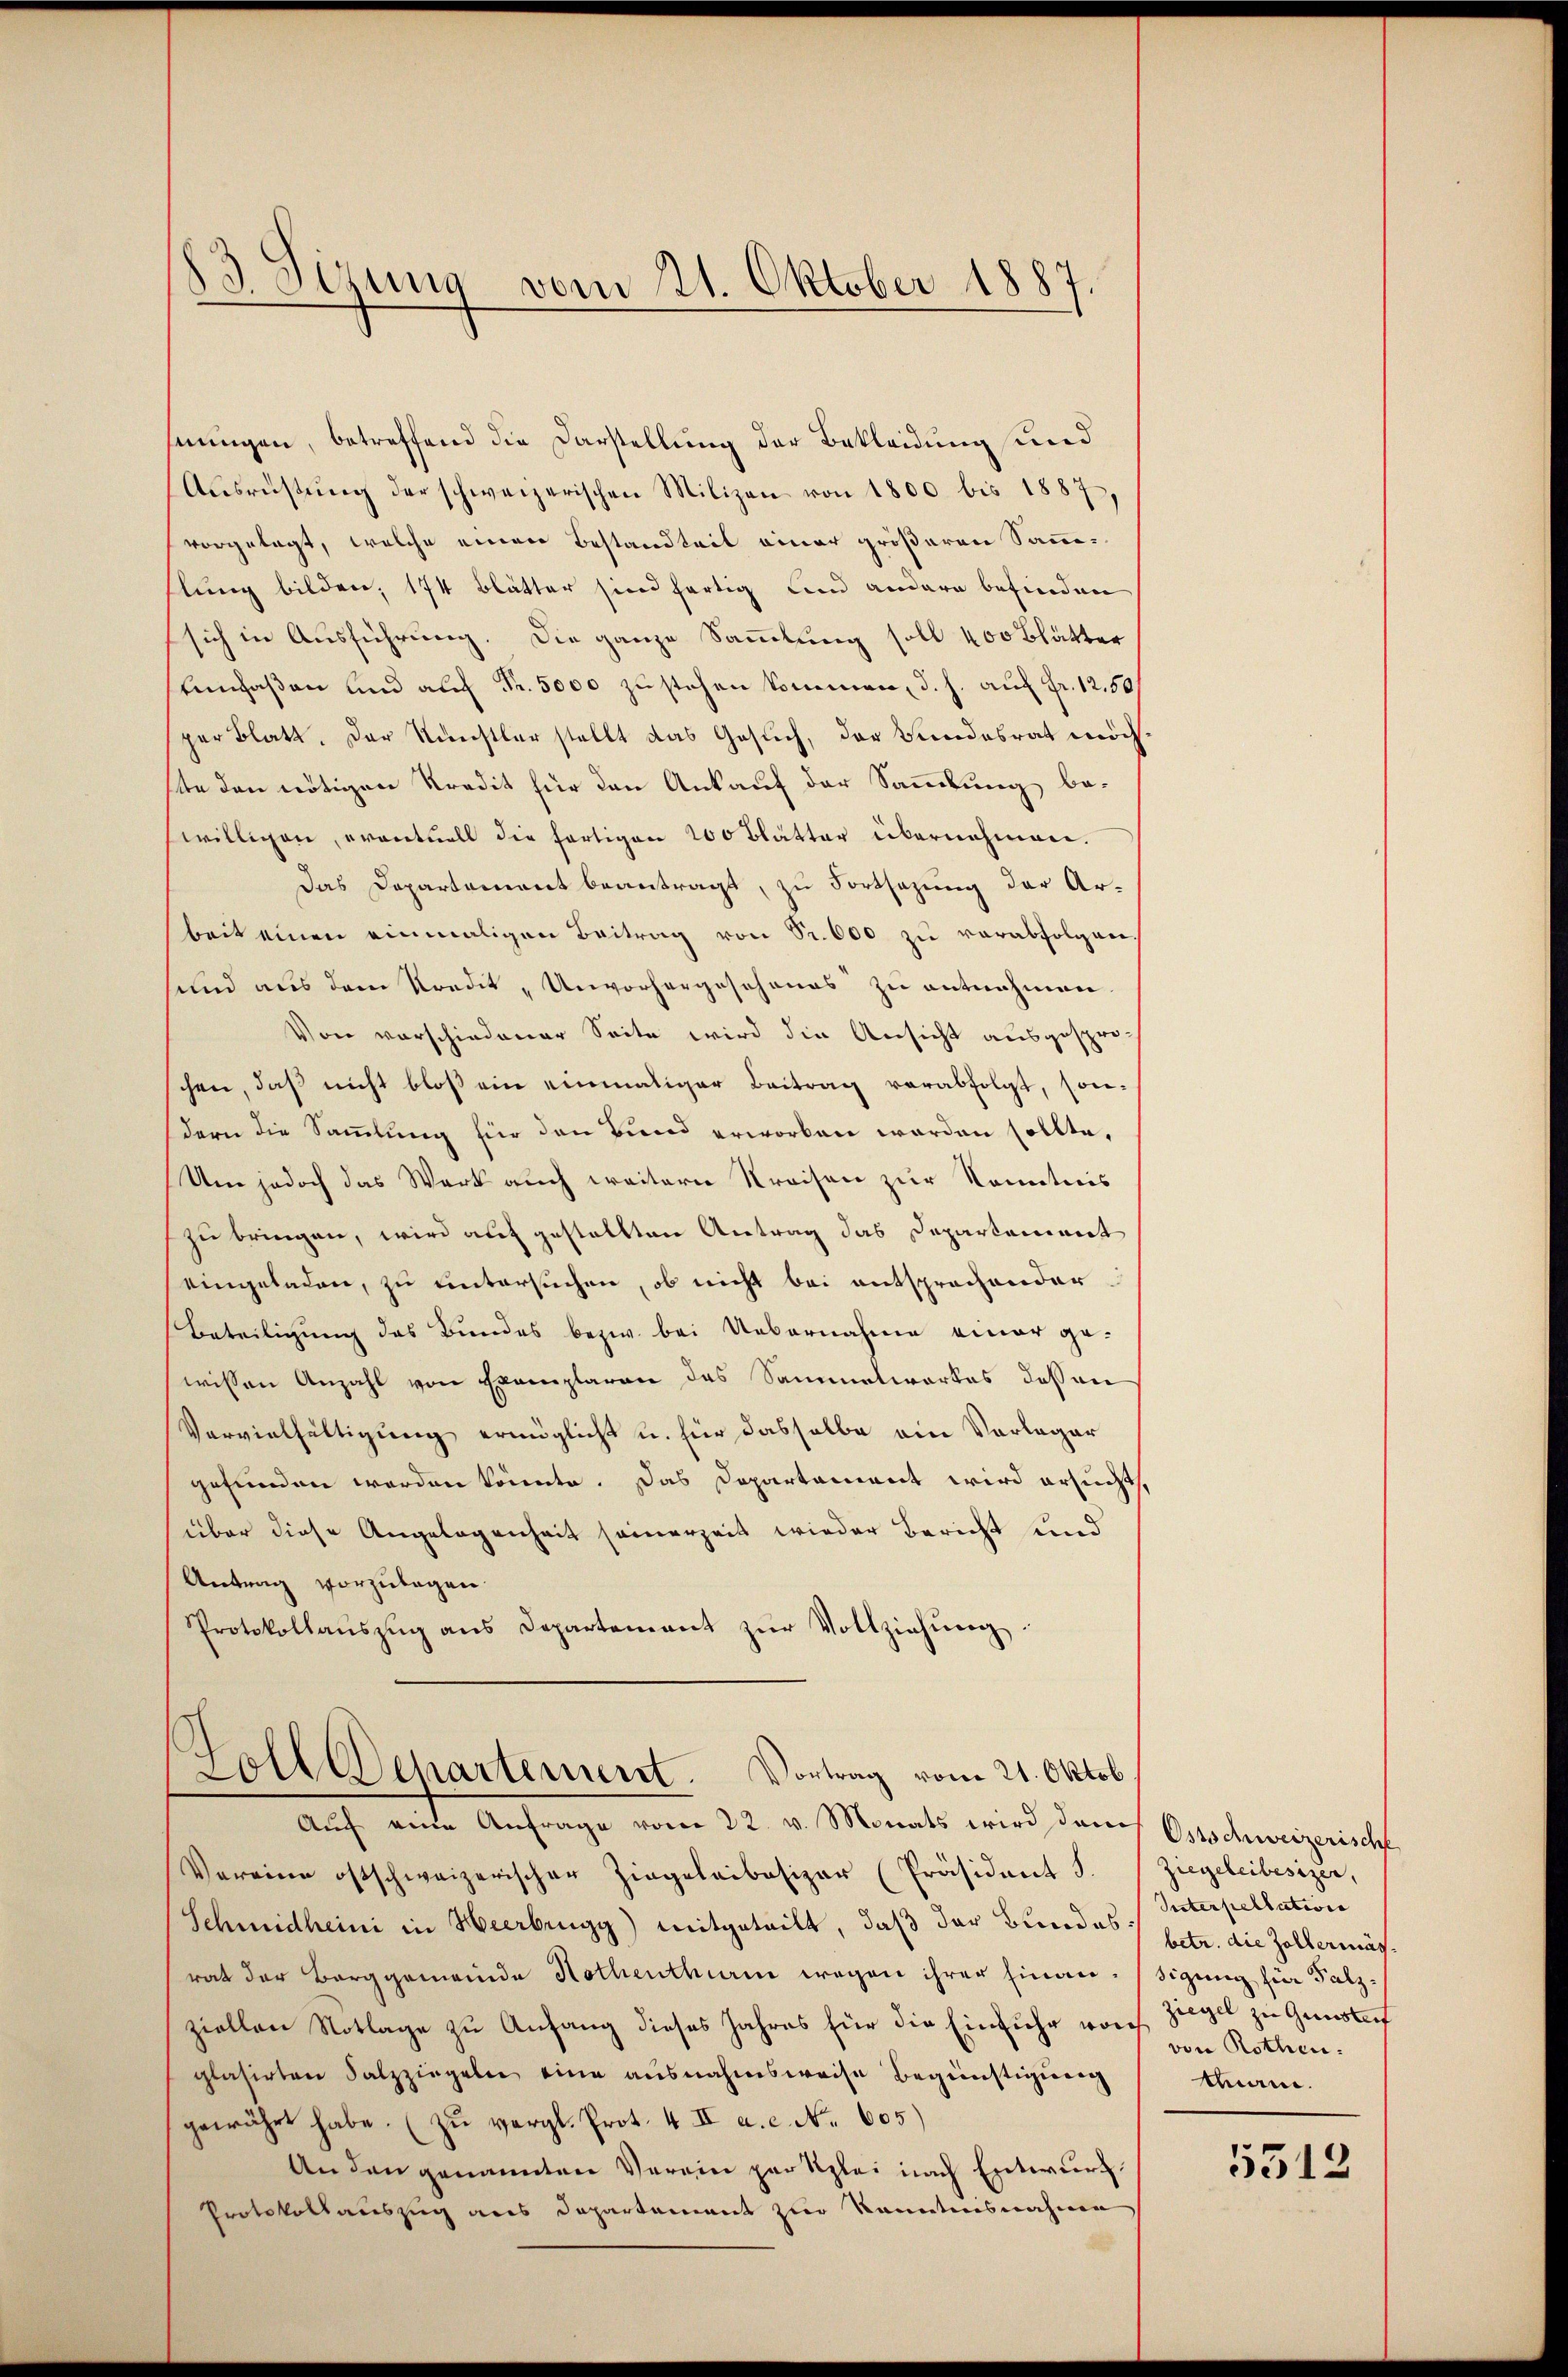
83. Sizung vom 21. Oktober 1887.

hnungen, betreffend die Darstellung der Bekleidung und
Aŭsrüstŭng der schweizerischen Milizen von 1800 bis 1887,
vorgelegt, welche einen Bestandteit einer größeren Sammhlung bilden, 174 Blätter sind fertig und andere befinden
sich in Ausführung. Die ganze Sammlung soll 400 Blätter
Emfaßen und auf Fr. 5000 zustehen kommen, d. h. auf Fr. 12,50
per Blatt. Der Künstler stellt das Gesuch, der Bundesrat möchstte den nötigen Kredit für den Ankauf der Sammlung be-
swilligen, eventuell die fertigen 200 Blätter übernehmen.
Das Departement beantragt, zu Fortsazung der Arbeit einen einmaligen Beitrag von Sr. 600 zu verabfolgen,
und aus dem Kondit „Unvorhergeschones zu entnehmen
Von vorschiedener Seite wird die Ansicht ausgespro-
schen, daß nicht bloß ein einmaliger Beitrag verabfolgt, son-
dern die Sammlung für den Bund erworben worden sollte,
Um jedoch das Werk auch weitere Kreisen zur Kenntnis
zu bringen, wird auf gestellten Antrag das Departement
eingeladen, zu untersuchen, ob nicht bei entsprochender
Beteiligung des Bundes bezw. bei Uebernahme einer gewissen Anzahl von Exemplaren des Sammelwerkes dessen
Vervielfältigung ermöglicht u. für dasselbe ein Vorleger
gefunden werden könnte. Das Departament wird ersucht,
über diese Angelegenheit seinerzeit wieder Bericht und
Antrag vorzulegen.
Protokollaŭszŭg ans Departement zŭr Vollziehŭng.

Goll Departement. Vortrag vom 21. Oktob.
Auf eine Anfrage vom 22. v. Monats wird dans Oschweizerische

Vereine ostschweizerischer Zingeleibesizer (Präsident S.
Schmidheini in Heerbrugg) mitgeteilt, daß der Bundesrat der Berggemeinde Hothenthan wegen ihrer hinau-Sigung für Palzziellen Notlage zu Anfang dieses Jahres für die Einfuhr woch
glasirten Salzziegeln eine ausnahmsweise Begünstigung
gewährt habe. (zu vergl. Prot. 4 II a. c. No. 605)
An den genannten Verein par Szlei nach Entwurf
Protokollauszug aus Departement zur Kenntnisnahme

Ziegeleibesizer,
Interpellation
betr. die Zollermäs
ziegel zu Gunsteif
von Rothen.
tmann.

5312